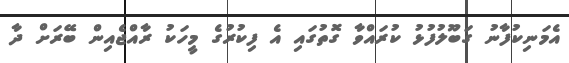
އެމަނިކުފާނު ގަބޫލުފުޅު ކުރައްވާ ގޮތުގައި އެ ފިކުރުގެ މީހަކު ރާއްޖެއިން ބޭރަށް ދާ